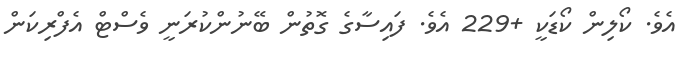
އެވެ. ކޯލިން ކޯޑަކީ +229 އެވެ. ފައިސާގެ ގޮތުން ބޭނުންކުރަނީ ވެސްޓް އެފްރިކަން